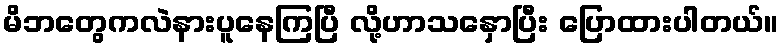
မိဘတွေကလဲနားပူနေကြပြီ လို့ဟာသနှောပြီး ပြောထားပါတယ်။